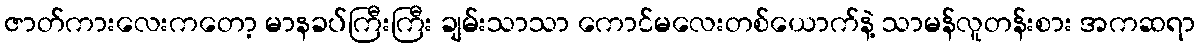
ဇာတ်ကားလေးကတော့ မာနခပ်ကြီးကြီး ချမ်းသာသာ ကောင်မလေးတစ်ယောက်နဲ့ သာမန်လူတန်းစား အကဆရာ